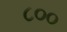
૮૦૦